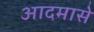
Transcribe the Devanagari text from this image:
आदमासे